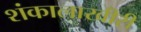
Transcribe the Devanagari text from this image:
शंकालाखीरी